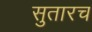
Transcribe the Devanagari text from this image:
सुतारच